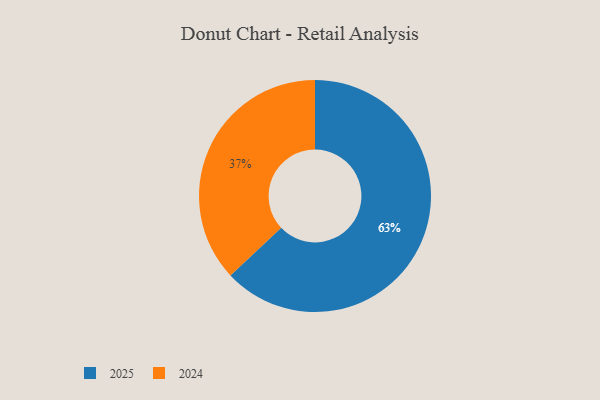
{"axis": {"x": "Category", "y": "Percentage"}, "legend": ["2024", "2025"], "data": [{"x": "2024", "y": 37, "type": "2024"}, {"x": "2025", "y": 63, "type": "2025"}]}